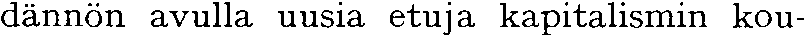
dännön avulla uusia etuja kapitalismin kou-